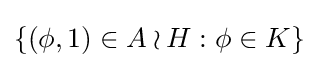
\{(\phi ,1)\in A\wr H:\phi \in K\}